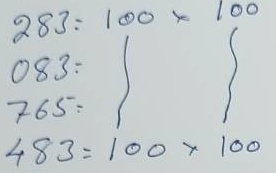
283 = 100 x 100
083 = 100 x 100
765 = 100 x 100
483 = 100 x 100